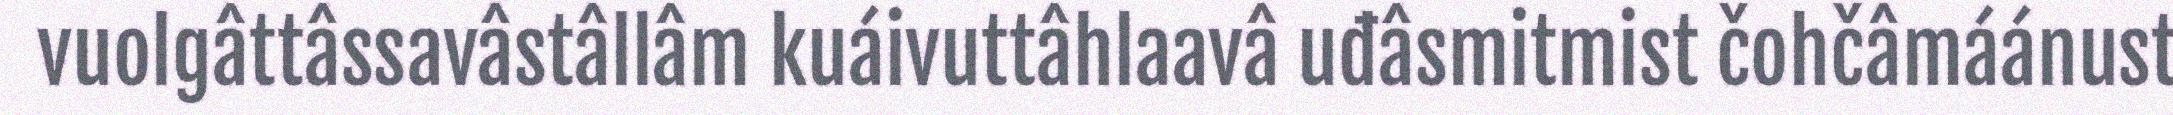
vuolgâttâssavâstâllâm kuáivuttâhlaavâ uđâsmitmist čohčâmáánust